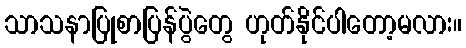
သာသနာပြုစာပြန်ပွဲတွေ ဟုတ်နိုင်ပါတော့မလား။